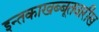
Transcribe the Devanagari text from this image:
इन्तकाखब्बूतवारीख